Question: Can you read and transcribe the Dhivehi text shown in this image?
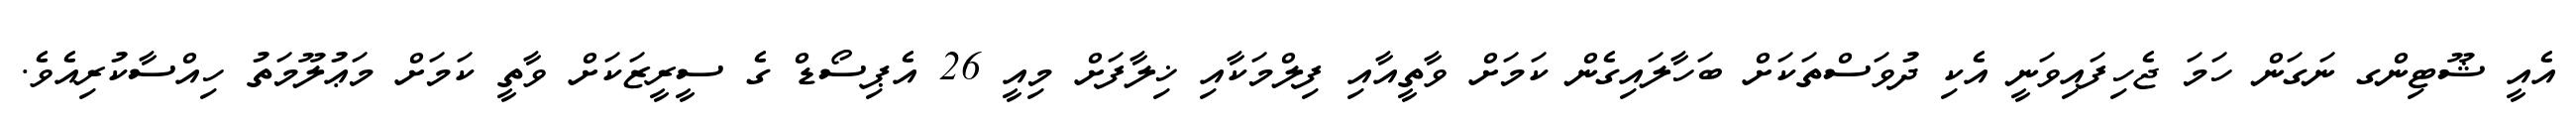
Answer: އެއީ ޝޫޓިންގ ނަގަން ހަމަ ޖެހިފައިވަނީ އެކި ދުވަސްތަކަށް ބަހާލައިގެން ކަމަށް ވާތީއާއި ފިލްމަކާއި ޚިލާފަށް މިއީ 26 އެޕިސޯޑް ގެ ސީރީޒަކަށް ވާތީ ކަމަށް މަޢުލޫމަތު ހިއްސާކުރިއެވެ.